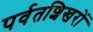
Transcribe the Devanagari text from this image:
पर्वतशिखरों